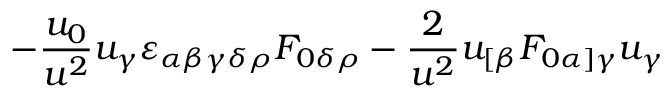
- { \frac { u _ { 0 } } { u ^ { 2 } } } u _ { \gamma } \varepsilon _ { \alpha \beta \gamma \delta \rho } { \cal F } _ { 0 \delta \rho } - { \frac { 2 } { u ^ { 2 } } } u _ { [ \beta } { \cal F } _ { 0 \alpha ] \gamma } u _ { \gamma }